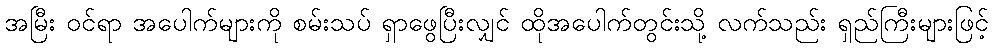
အမြီး ဝင်ရာ အပေါက်များကို စမ်းသပ် ရှာဖွေပြီးလျှင် ထိုအပေါက်တွင်းသို့ လက်သည်း ရှည်ကြီးများဖြင့်